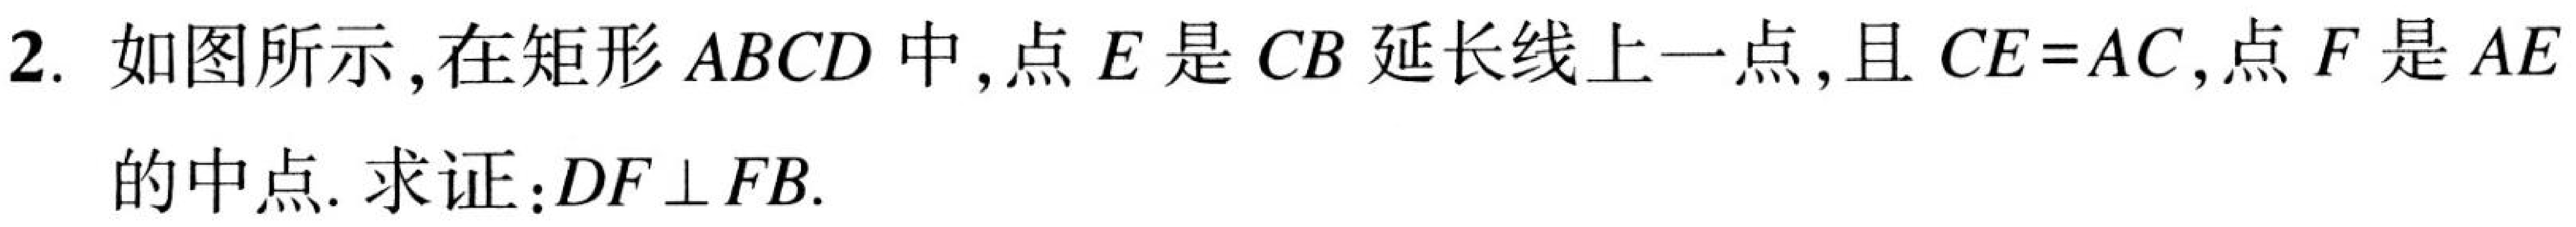
2. 如图所示,在矩形\(ABCD\)中,点\(E\)是\(CB\)延长线上一点,且\(CE = AC\),点\(F\)是\(AE\)
的中点. 求证：\(DF\perp FB\).